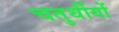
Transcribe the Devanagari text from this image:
चतुर्थीयों